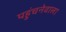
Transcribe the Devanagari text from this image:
पहुंचनेवाला